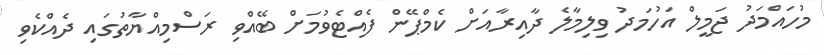
މުހައްމަދު ޖަމީލް އަހުމަދު ވިލިމާލެ ދާއިރާއަށް ކެމްޕޭން ފެއްޓެވުމަށް ބޭއްވި ރަސްމިއްޔާތުގައި ދެއްކެވި